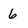
Character: 6